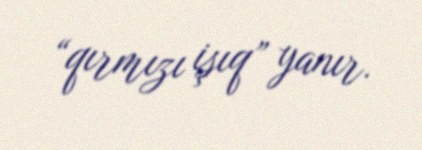
“qırmızı işıq” yanır.